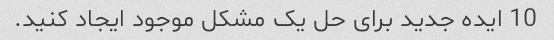
10 ایده جدید برای حل یک مشکل موجود ایجاد کنید.